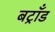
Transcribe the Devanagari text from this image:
बट्राँड